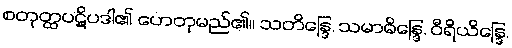
စတုတ္ထပဋိပဒါ၏ ဟေတုမည်၏။ သတိန္ဒြေ, သမာဓိန္ဒြေ, ဝီရိယိန္ဒြေ,